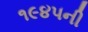
૧૯૪૫ની